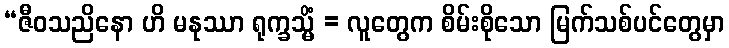
“ဇီဝသညိနော ဟိ မနုဿာ ရုက္ခသ္မိံ = လူတွေက စိမ်းစိုသော မြက်သစ်ပင်တွေမှာ